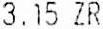
3.15 ZR